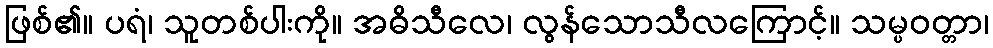
ဖြစ်၏။ ပရံ၊ သူတစ်ပါးကို။ အဓိသီလေ၊ လွန်သောသီလကြောင့်။ သမ္ပဝတ္တာ၊